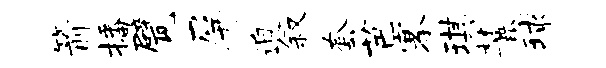
箭播甓屏迫叙套芭搴琪麓球